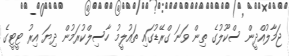
ޖަމާލުއްދީން ސްކޫލުގެ ތިން ވަނަ ގްރޭޑުގައި ތައުލީމު ހާސިލްކުރަމުން ދިޔަ އިރު ޓީޓީގެ